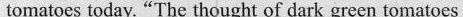
to matocs today. "The thought of dark green tomatoes